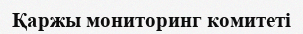
Қаржы мониторинг комитеті